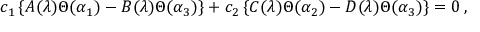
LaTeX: c _ { 1 } \left\{ A ( \lambda ) \Theta ( \alpha _ { 1 } ) - B ( \lambda ) \Theta ( \alpha _ { 3 } ) \right\} + c _ { 2 } \left\{ C ( \lambda ) \Theta ( \alpha _ { 2 } ) - D ( \lambda ) \Theta ( \alpha _ { 3 } ) \right\} = 0 \, ,